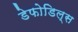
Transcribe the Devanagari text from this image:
डेफोडिल्स